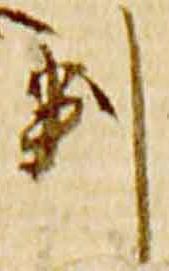
判